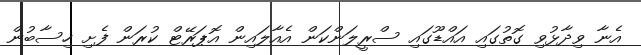
އެނާ ވިދާޅުވި ގޮތުގައި އައްޑޫގައި ސްރީލަންކަން އެއާލައިން އޮޕަރޭޓް ކުރަން ފެށި ހިސާބުން